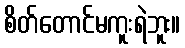
စိတ်တောင်မကူးရဲဘူး။